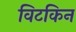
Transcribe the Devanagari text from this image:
विटकिन